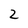
Character: 2